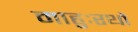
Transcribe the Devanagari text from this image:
माहुःरथो